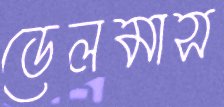
ডেলমাস